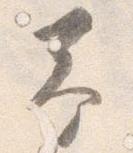
予